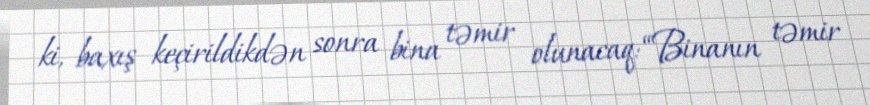
ki, baxış keçirildikdən sonra bina təmir olunacaq: “Binanın təmir